Note on the mental hospitals in Burma - 1925-1940
Year: 1925
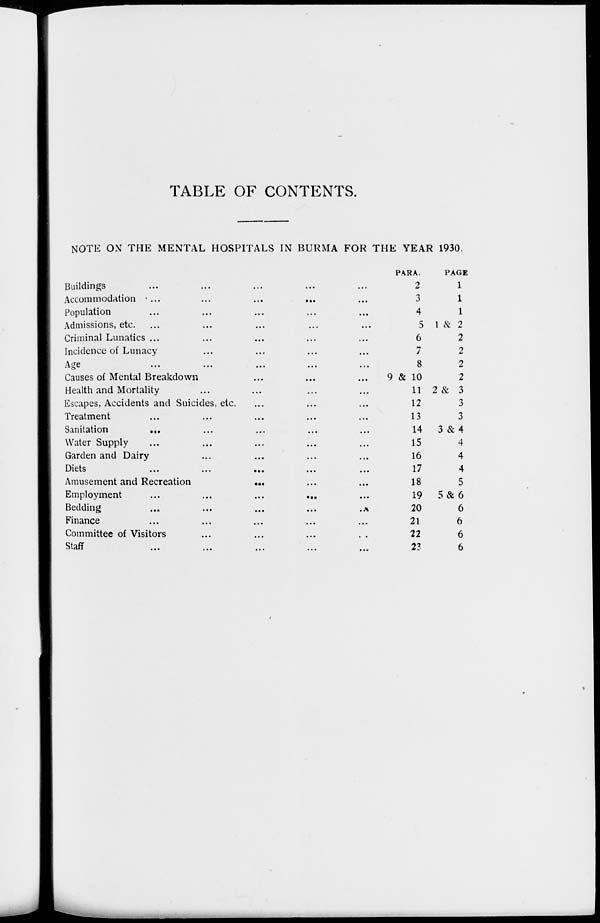
TABLE OF CONTENTS.
NOTE ON THE MENTAL HOSPITALS IN BURMA FOR THE YEAR 1930.
Buildings ... ... ... ... ...
Accommodation
...
...
...
...
...
Population ... ... ... ... ...
Admissions, etc. ... ... ... ... ...
Criminal Lunatics ... ... ... ... ...
Incidence of Lunacy ... ... ... ...
Age ... ... ... ... ...
Causes of Mental Breakdown ... ... ...
Health and Mortality ... ... ...
Escapes, Accidents and Suicides, etc. ... ... ...
Treatment ... ... ... ... ...
Sanitation ... ... ... ... ...
Water Supply ... ... ... ... ...
Garden and Dairy ... ... ... ...
Diets
...
...
...
...
...
Amusement and Recreation
...
...
...
Employment
...
...
...
...
...
Bedding ... ... ... ... ...
Finance ... ... ... ... ...
Committee of Visitors ... ... ... ...
Staff ... ... ... ... ...
PARA.
2
3
4
5
6
7
8
9 & 10
11
12
13
14
15
16
17
18
19
20
21
22
23
PAGE.
1
1
1
1 & 2
2
2
2
2
2 & 3
3
3
3 &4
4
4
4
5
5 & 6
6
6
6
6